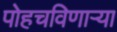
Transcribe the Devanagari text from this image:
पोहचविणाऱ्या